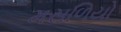
મસળિયો